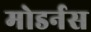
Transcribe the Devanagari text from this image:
मोडर्नस